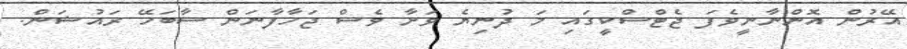
އޭރުން އޮންނާނީވެފަ ޖެޓްސްކީގައި މަ ދުނިޔެ ވަށާ ވެސް ޖަހާފާނަން ސާބަހޭ ރައުޝަން.